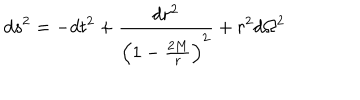
d s ^ { 2 } = - d t ^ { 2 } + \frac { d r ^ { 2 } } { \left( 1 - \frac { 2 M } { r } \right) ^ { 2 } } + r ^ { 2 } d \Omega ^ { 2 }